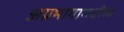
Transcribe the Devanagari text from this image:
अग्रभागामधील